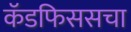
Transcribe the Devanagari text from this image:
कॅडफिससचा